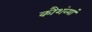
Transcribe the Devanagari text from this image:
कौशंव्यां